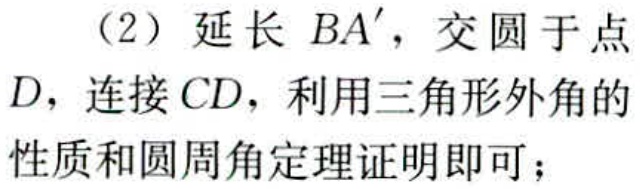
（2）延长 \(BA'\)，交圆于点 \(D\)，连接 \(CD\)，利用三角形外角的性质和圆周角定理证明即可；